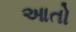
આતો